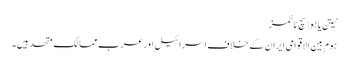
نیتن یاہو | سچ ٹائمز
ہوم بین الاقوامی ایران کے خلاف اسرائیل اور عرب ممالک متحد ہیں۔